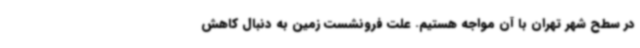
در سطح شهر تهران با آن مواجه هستیم. علت فرونشست زمین به دنبال کاهش